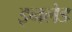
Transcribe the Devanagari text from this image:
इनलेड